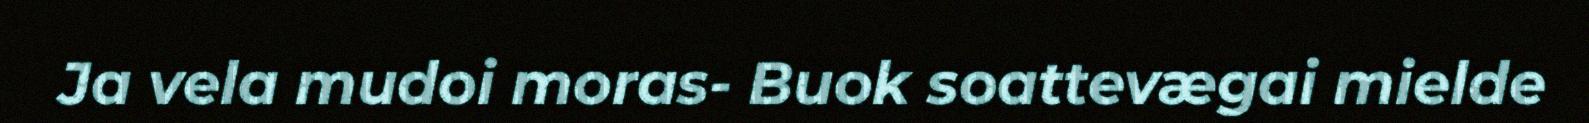
Ja vela mudoi moras- Buok soattevægai mielde